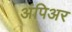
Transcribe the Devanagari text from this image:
अंपिअर